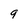
Character: g